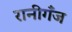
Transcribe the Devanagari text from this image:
रानीगँज